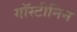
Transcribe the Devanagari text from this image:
गॉस्टीनिन